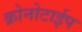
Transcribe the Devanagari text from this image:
क्रोनोटाईप